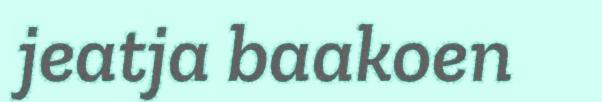
jeatja baakoen